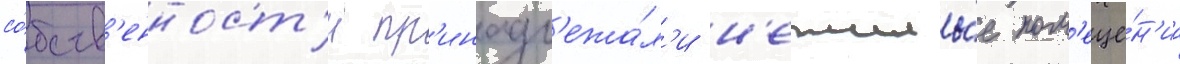
со́бств'енност'и пр'инадл'ежа́л'и н'ежилы́е пом'еще́н'иа